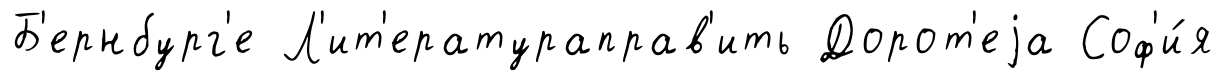
Б'ернбург'е Л'ит'ератураправ'ить Дорот'еjа Соф'и́я